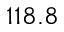
1 1 8 . 8